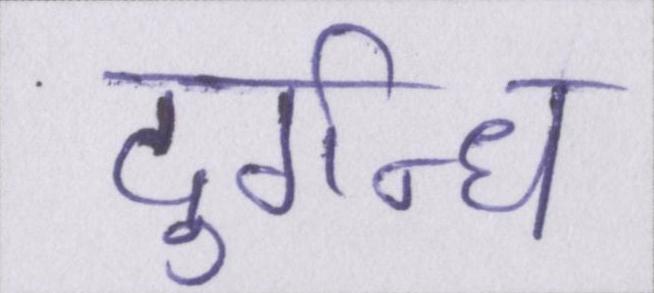
दुर्गन्ध